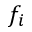
f _ { i }